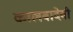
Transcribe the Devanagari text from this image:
कालबादेवी